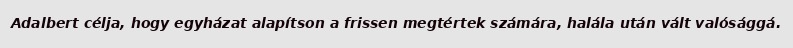
Adalbert célja, hogy egyházat alapítson a frissen megtértek számára, halála után vált valósággá.